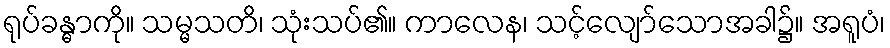
ရုပ်ခန္ဓာကို။ သမ္မသတိ၊ သုံးသပ်၏။ ကာလေန၊ သင့်လျော်သောအခါ၌။ အရူပံ၊